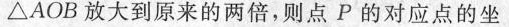
△AOB放大到原来的两倍，则点P的对应点的坐